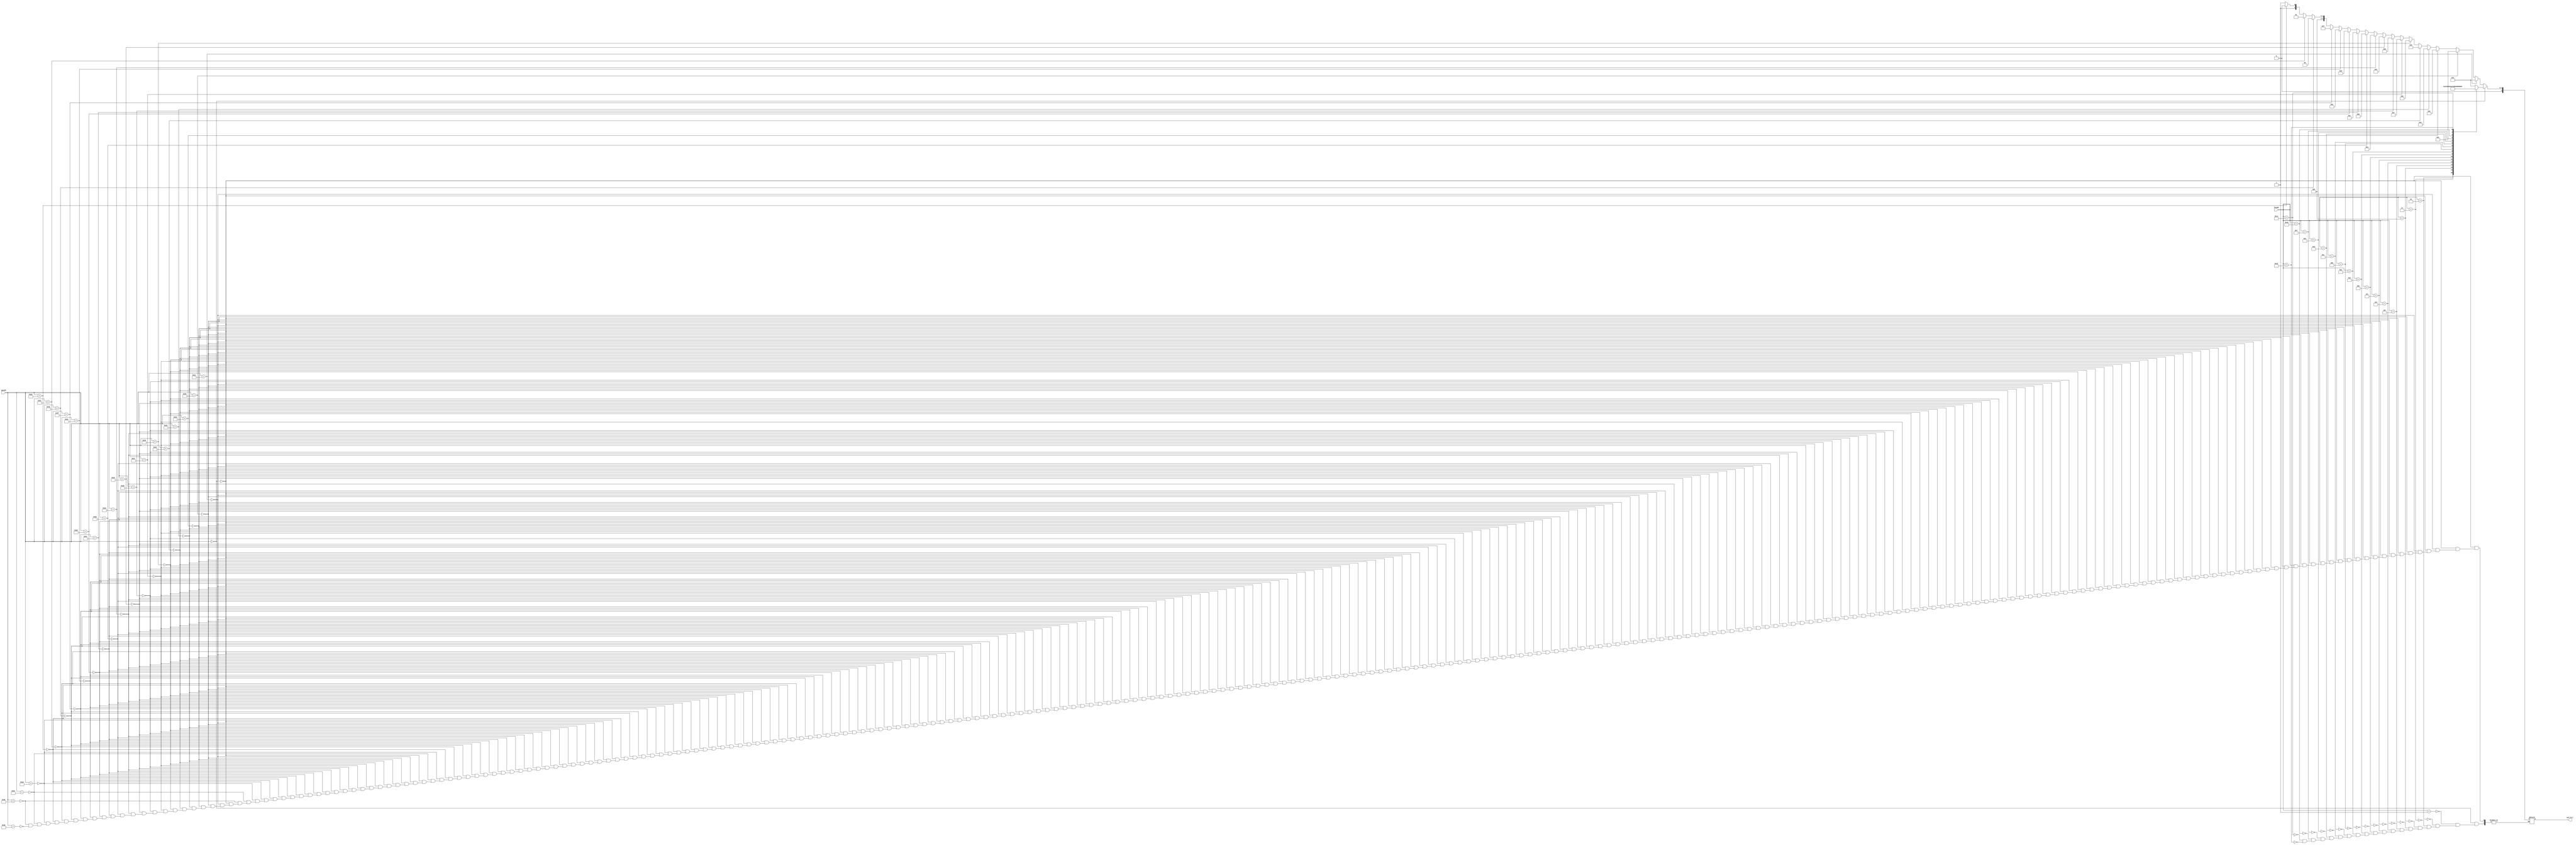
module Combinatorial_ckt(opcode, fncode, ALU_Ctrl);
    input [5:0]opcode;
    input [5:0]fncode;
    output reg [5:0]ALU_Ctrl;
    
    always@(*)
    begin
    if(opcode == 6'b000000)
    begin
    case(fncode)
    
    6'b000001: begin
      ALU_Ctrl <= 6'b000001;
      end
    6'b000010:begin
      ALU_Ctrl <= 6'b000010;
      end 
    6'b000011:begin
      ALU_Ctrl <= 6'b000011;
      end 
    6'b000100:begin
      ALU_Ctrl <= 6'b000100;
      end 
    6'b000101:begin
      ALU_Ctrl <= 6'b000101;
      end 
    6'b000110:begin
      ALU_Ctrl <= 6'b000110;
      end 
    6'b000111:begin
      ALU_Ctrl <= 6'b000111;
      end 
    6'b001000:begin
      ALU_Ctrl <= 6'b001000;
      end     
    6'b001001:begin
      ALU_Ctrl <= 6'b001001;
      end 
    6'b001010:begin
      ALU_Ctrl <= 6'b001010;
      end 
    6'b001011:begin
      ALU_Ctrl <= 6'b001011;
      end 
    6'b001100:begin
      ALU_Ctrl <= 6'b001100;
      end 
    6'b001101:begin
      ALU_Ctrl <= 6'b001101;
      end 
    6'b001110:begin
      ALU_Ctrl <= 6'b001110;
      end 
    6'b001111:begin
      ALU_Ctrl <= 6'b001111;
      end 
    6'b010000:begin
      ALU_Ctrl <= 6'b010000;
      end 
    6'b010001:begin
      ALU_Ctrl <= 6'b010001;
      end 
    6'b010010:begin
      ALU_Ctrl <= 6'b010010;
      end
    endcase
    end
    
    
    else if (opcode== 6'b100001) //subtract immediate
    begin
    ALU_Ctrl = 6'b000001;  
    end
    
    else if (opcode == 6'b100010) // and immediate
    begin
    ALU_Ctrl = 6'b000010;
    end  
    
    else if (opcode == 6'b100011) // or immediate
    begin
    ALU_Ctrl = 6'b000011;
    end 
    
    else if (opcode == 6'b100100) // xor immediate 
    begin
    ALU_Ctrl = 6'b000100;
    end  
    
    else if (opcode == 6'b100101) // shift_left logic imm
    begin
    ALU_Ctrl = 6'b000101;
    end  
    
    else if (opcode == 6'b100110) // shift_right logic imm
    begin
    ALU_Ctrl = 6'b000110;
    end  
    
    else if (opcode == 6'b100111) // shift_right arithmetic imm 
    begin
    ALU_Ctrl = 6'b000111;
    end  
    
    else if (opcode == 6'b101000) // rotate_left imm 
    begin
    ALU_Ctrl = 6'b001000;
    end  
    
    else if (opcode == 6'b101001) // rotate_right imm 
    begin 
    ALU_Ctrl = 6'b001001;
    end          
                                                                         
    else if (opcode == 6'b101010) // SLT imm
    begin
    ALU_Ctrl = 6'b001010;
    end     
                   
    else if (opcode == 6'b101011) // SGT imm
    begin
    ALU_Ctrl = 6'b001011;
    end     
            
    else if (opcode == 6'b101100) // SLE imm
    begin
    ALU_Ctrl = 6'b001100;
    end     
    
    else if (opcode == 6'b101101) // SGE imm
    begin
    ALU_Ctrl = 6'b001101;
    end
    
    else if (opcode == 6'b101110) // UGT imm
    begin
    ALU_Ctrl = 6'b001110; // unsigned_extension
    end        
    
    else if (opcode == 6'b101111) //  ULT imm
    begin
    ALU_Ctrl = 6'b001111;
    end  
    
    else if (opcode == 6'b110000) // ULE imm
    begin 
    ALU_Ctrl = 6'b010000;
    end    
    
    else if (opcode == 6'b110001) // UGE imm
    begin
    ALU_Ctrl = 6'b010001;
    end  
    
    else if (opcode == 6'b110010) // add imm
    begin
    ALU_Ctrl = 6'b010010;
    end    
    
    else if (opcode == 6'b110011) // BEQZ imm
    begin
    ALU_Ctrl = 6'b010011; //ADD4
    end   
    
    else if (opcode == 6'b110100) //  BNEZ imm
    begin
    ALU_Ctrl = 6'b010011; //ADD4
    end    
    
    else if (opcode == 6'b110101) // JR 
    begin
    ALU_Ctrl = 6'b010011; //ADD4
    end      
    
    else if (opcode == 6'b110110) // JALR
    begin
    ALU_Ctrl = 6'b010011; //ADD4
    end            
    
    end
    
    endmodule